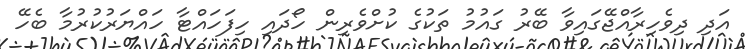
އަދި ދިވެހިރާއްޖޭގައިވާ ބޭރު ގައުމު ތަކުގެ ކުށްވެރިން ހޯދައި ހިފަހައްޓާ ހައްޔަރުކުރުމާ ބެހޭ